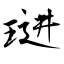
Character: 琎